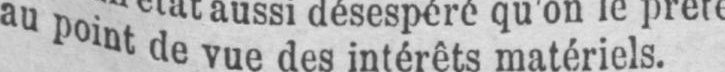
au point de vue des intérêts matériels.